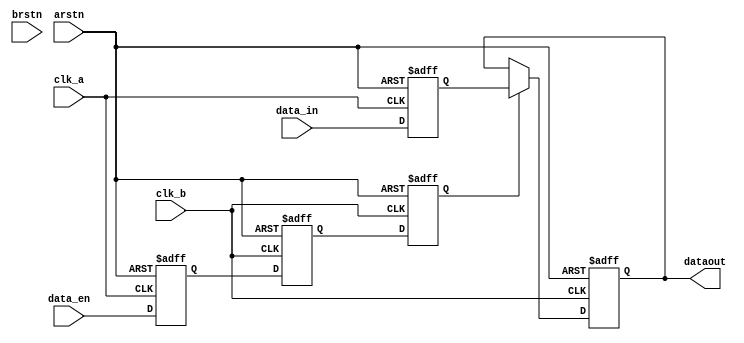
//
`timescale 1ns/1ns

module mux(
	input 				clk_a	, 
	input 				clk_b	,   
	input 				arstn	,
	input				brstn   ,
	input		[3:0]	data_in	,
	input               data_en ,

	output reg  [3:0] 	dataout
);
reg data_en1,data_en2,data_en3;
reg [3:0] data_in1;

always @(posedge clk_a or negedge arstn)
begin
if(!arstn)
begin
data_in1<=0;
data_en1<=0;
end
else
begin
data_in1<=data_in;
data_en1<=data_en;
end
end

always @(posedge clk_b or negedge arstn)
begin
if(!arstn)
begin
data_en2<=0;
data_en3<=0;
end
else
begin
data_en2<=data_en1;
data_en3<=data_en2;
end
end

always @(posedge clk_b or negedge arstn)
begin
if(!arstn)
dataout<=0;
else if(data_en3)
dataout<=data_in1;
else
dataout<=dataout;
end
endmodule